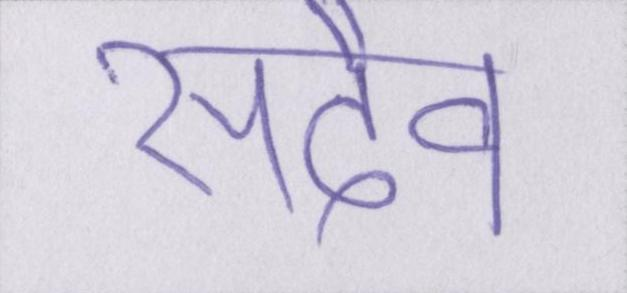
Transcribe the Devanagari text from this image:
सदैव